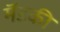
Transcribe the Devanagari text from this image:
मॆंडकी